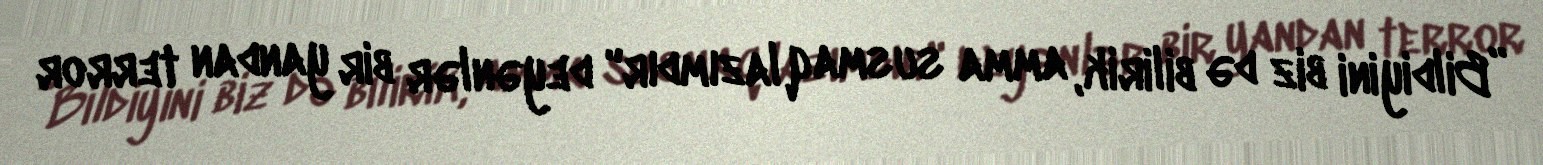
”Bildiyini biz də bilirik, amma susmaq lazımdır" deyənlər bir yandan terror